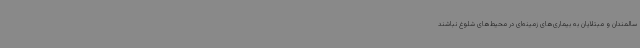
سالمندان و مبتلایان به بیماری‌های زمینه‌ای در محیط‌های شلوغ نباشند